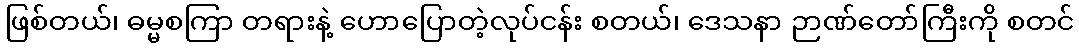
ဖြစ်တယ်၊ ဓမ္မစကြာ တရားနဲ့ ဟောပြောတဲ့လုပ်ငန်း စတယ်၊ ဒေသနာ ဉာဏ်တော်ကြီးကို စတင်